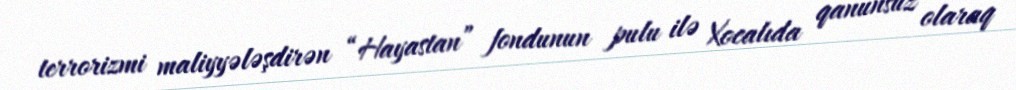
terrorizmi maliyyələşdirən “Hayastan” fondunun pulu ilə Xocalıda qanunsuz olaraq